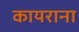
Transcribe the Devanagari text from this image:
कायराना